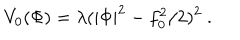
V _ { 0 } ( \Phi ) = \lambda ( | \Phi | ^ { 2 } - f _ { 0 } ^ { 2 } / 2 ) ^ { 2 } \ .